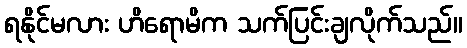
ရနိုင်မလား ဟိရောမိက သက်ပြင်းချလိုက်သည်။